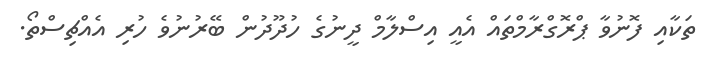
ތަކާއި ފޮނުވާ ޕްރޮގްރާމްތައް އެއީ އިސްލާމް ދީނުގެ ހުދޫދުން ބޭރުނުވެ ހުރި އެއްޗިސްތޯ.